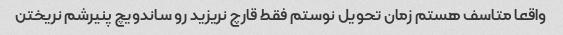
واقعا متاسف هستم زمان تحویل نوستم فقط قارچ نریزید رو ساندویچ پنیرشم نریختن